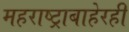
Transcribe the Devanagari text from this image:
महराष्ट्राबाहेरही